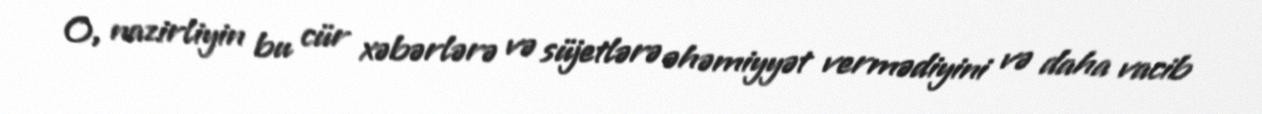
O, nazirliyin bu cür xəbərlərə və süjetlərə əhəmiyyət vermədiyini və daha vacib